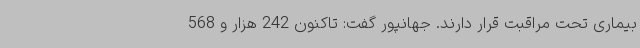
بیماری تحت مراقبت قرار دارند. جهانپور گفت: تاکنون 242 هزار و 568